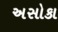
અસોકા